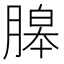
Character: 𦞵